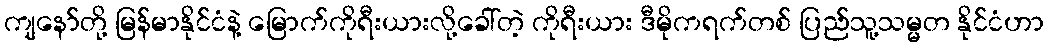
ကျနော်တို့ မြန်မာနိုင်ငံနဲ့ မြောက်ကိုရီးယားလို့ခေါ်တဲ့ ကိုရီးယား ဒီမိုကရက်တစ် ပြည်သူ့သမ္မတ နိုင်ငံဟာ